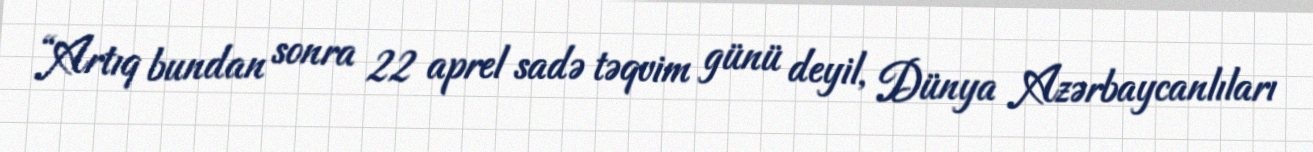
“Artıq bundan sonra 22 aprel sadə təqvim günü deyil, Dünya Azərbaycanlıları